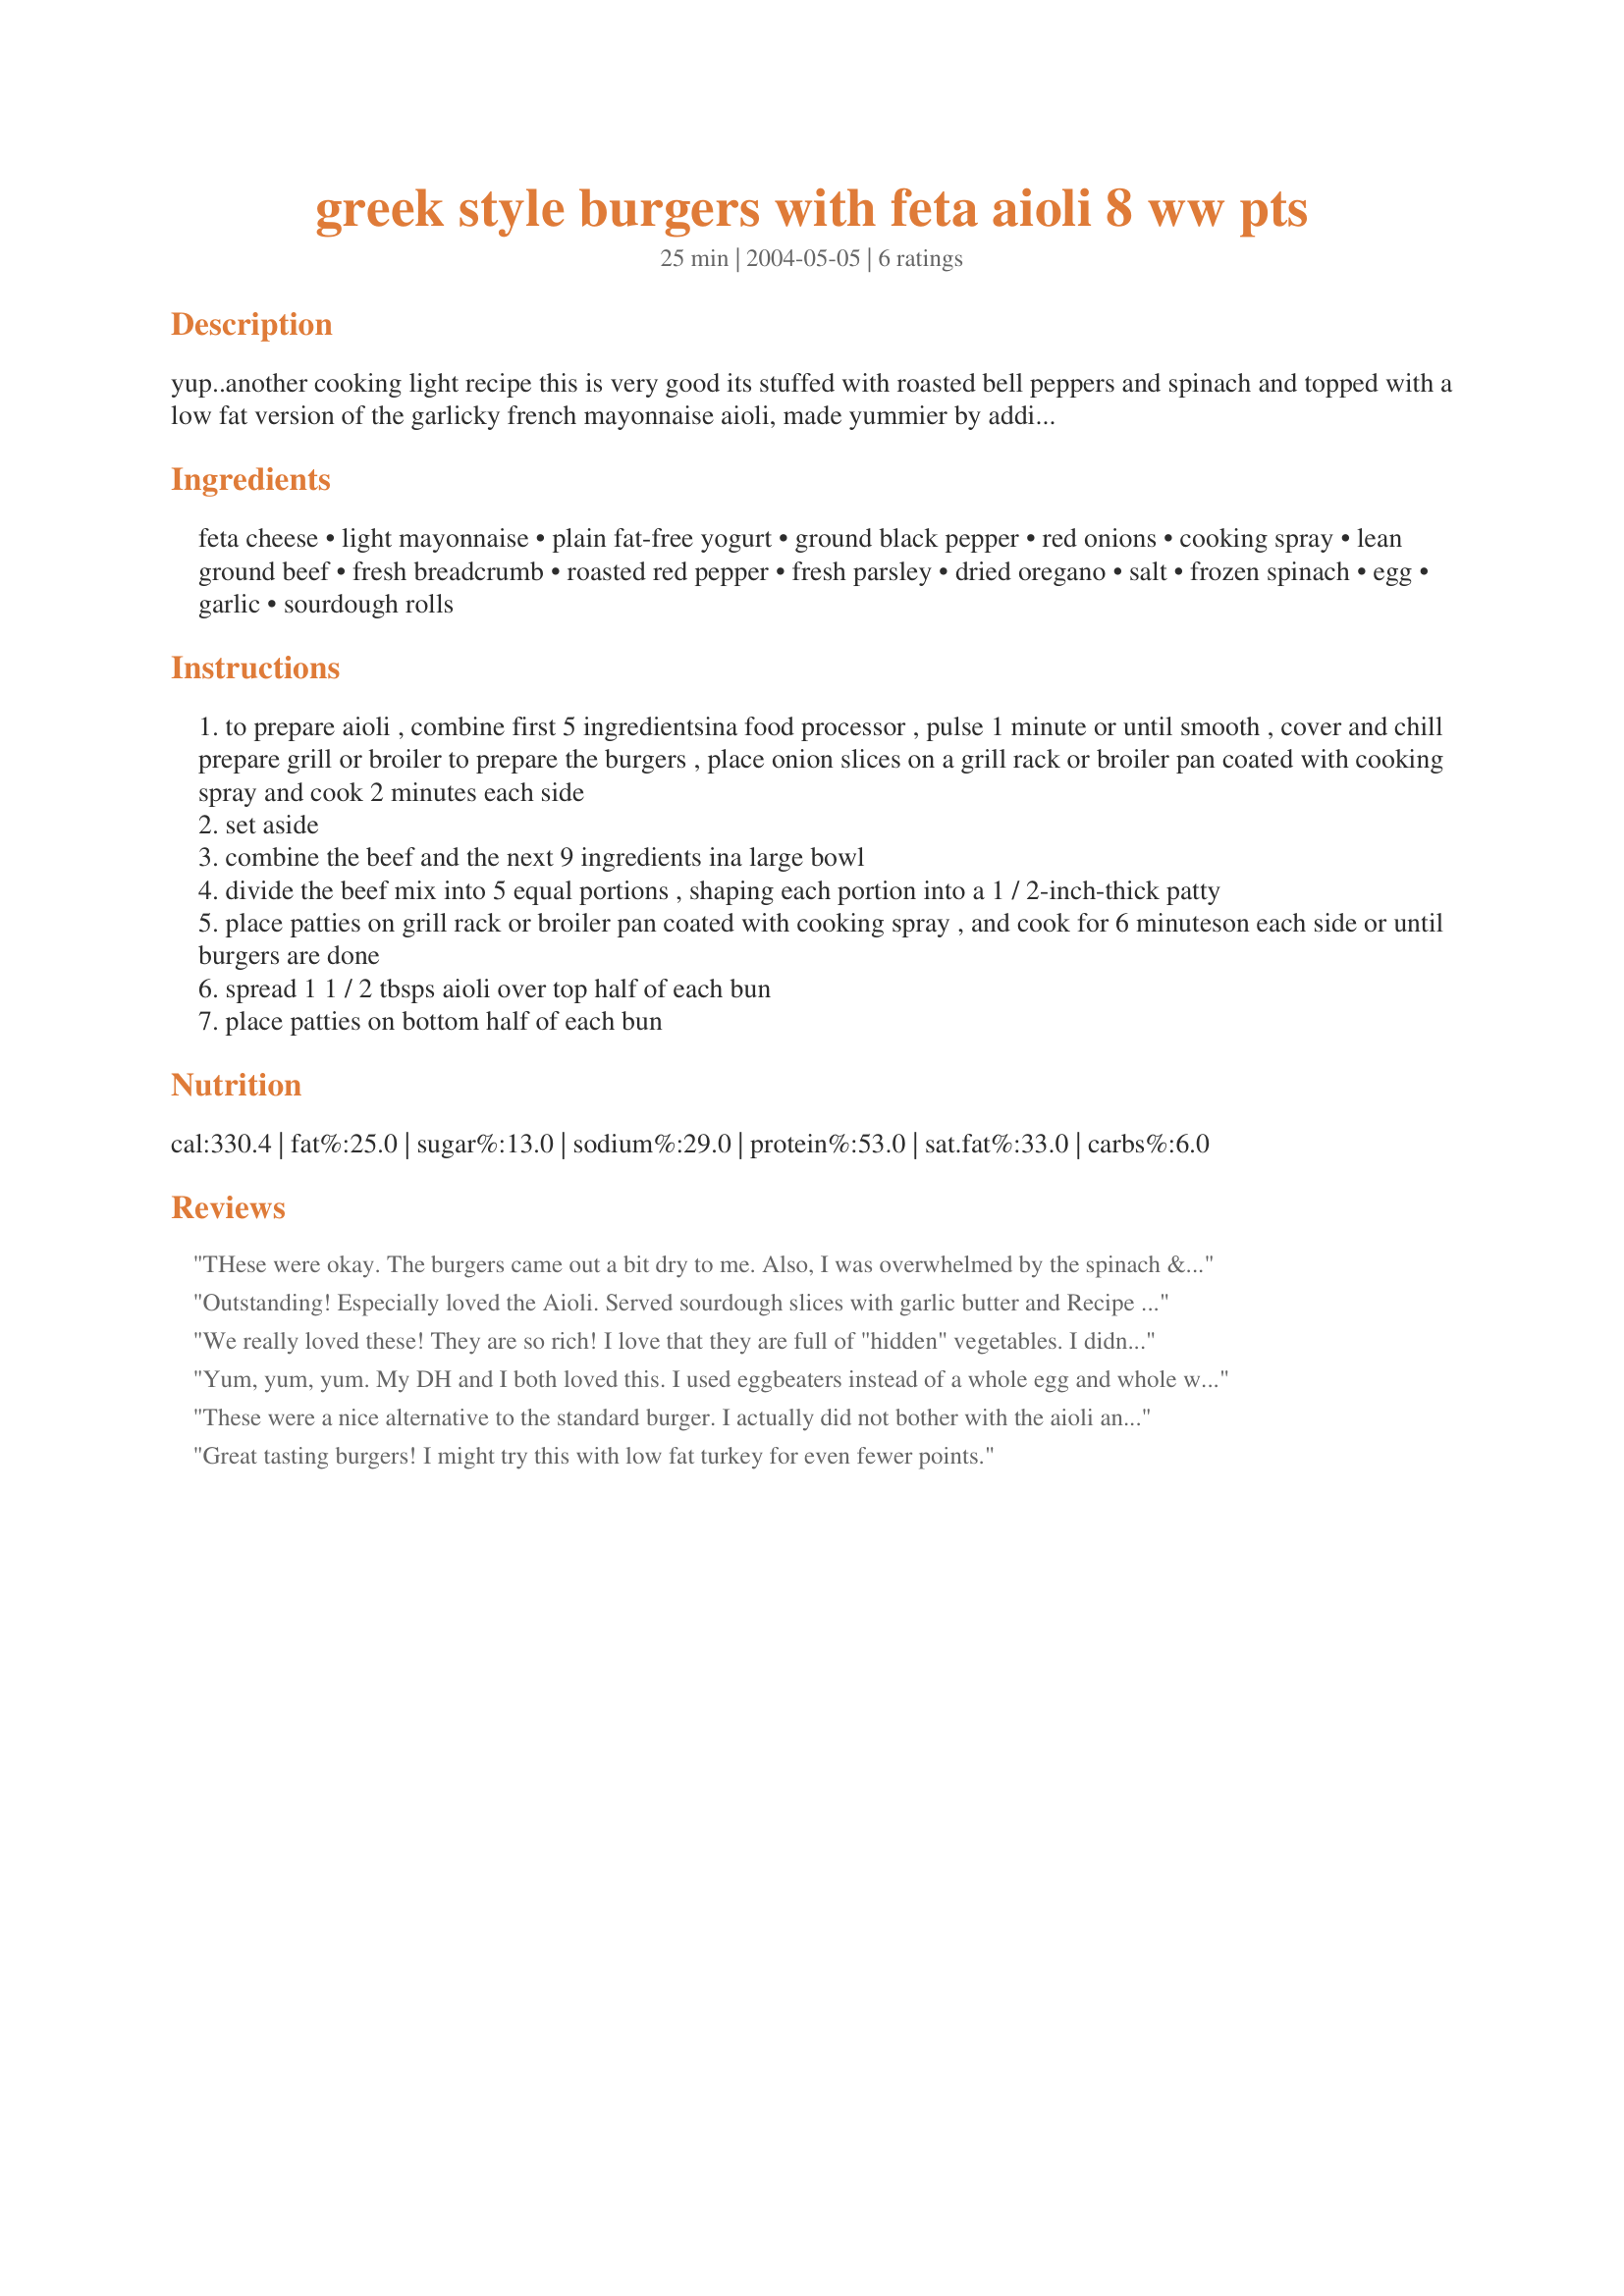
greek style burgers with feta aioli 8 ww pts
Preparation time: 25 minutes

yup..another cooking light recipe this is very good its stuffed with roasted bell peppers and spinach and topped with a low fat version of the garlicky french mayonnaise aioli, made yummier by adding feta cheese

Ingredients:
feta cheese, light mayonnaise, plain fat-free yogurt, ground black pepper, red onions, cooking spray, lean ground beef, fresh breadcrumb, roasted red pepper, fresh parsley, dried oregano, salt, frozen spinach, egg, garlic, sourdough rolls

Steps:
to prepare aioli , combine first 5 ingredientsina food processor , pulse 1 minute or until smooth , cover and chill prepare grill or broiler to prepare the burgers , place onion slices on a grill rack or broiler pan coated with cooking spray and cook 2 minutes each side
set aside
combine the beef and the next 9 ingredients ina large bowl
divide the beef mix into 5 equal portions , shaping each portion into a 1 / 2-inch-thick patty
place patties on grill rack or broiler pan coated with cooking spray , and cook for 6 minuteson each side or until burgers are done
spread 1 1 / 2 tbsps aioli over top half of each bun
place patties on bottom half of each bun

Reviews:
THese were okay. The burgers came out a bit dry to me. Also, I was overwhelmed by the spinach & I didn't even add as much as the recipe called for.
Outstanding! Especially loved the Aioli. Served sourdough slices with garlic butter and Recipe #93401.
We really loved these! They are so rich! I love that they are full of "hidden" vegetables. I didn't puree the aioli, but left it chunky. Added a little lemon juice to the aioli.
Yum, yum, yum. My DH and I both loved this. I used eggbeaters instead of a whole egg and whole wheat pita instead of sourdough to save a few more calories. This tasted like a full fat burger at a good quality restaurant. I could eat the aoli with a spoon it was so good. I am trying to think of other ways to use it. Thanks for posting Bri22! This is a winner.
These were a nice alternative to the standard burger. I actually did not bother with the aioli and just put feta on the burgers after flipping them. I thought about actually putting a slice of feta in the middle of the burgers, and I may try that in the future. I omitted the red onions because they are too strong and tenacious for my taste buds. In the burgers I ended up with a 16-oz bag of spinach, but I did not have the parsley, and I REALLY squeezed it dry, so I only used about ? cup of breadcrumbs. I also used powdered garlic rather than fresh for convenience and also because it makes for a more uniform distribution of the garlic. I was a bit concerned about whether they would stay together on the grill, but they were absolutely fine. It%u2019s a bit difficult to get the cooking time right with grilling because the spinach makes them very different from a regular burger, but we did fine with these. We have some extras in the freezer now, and I will look forward to having them again sometime soon.
Great tasting burgers! I might try this with low fat turkey for even fewer points.
